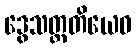
ဒွေသတ္တတိယေဝ